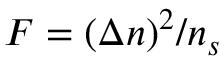
F = ( \Delta n ) ^ { 2 } / n _ { s }